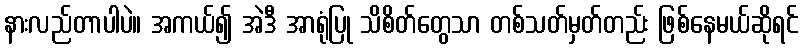
နားလည်တာပါပဲ။ အကယ်၍ အဲဒီ အာရုံပြု သိစိတ်တွေသာ တစ်သတ်မှတ်တည်း ဖြစ်နေမယ်ဆိုရင်